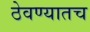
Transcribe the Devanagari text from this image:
ठेवण्यातच